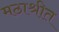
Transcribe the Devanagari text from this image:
मठाश्रीत